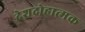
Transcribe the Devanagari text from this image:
देशद्रोहात्मक